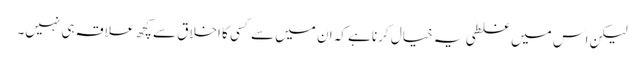
لیکن اس میں غلطی یہ خیال کرنا ہے کہ ان میں سے کسی کا اخلاق سے کچھ علاقہ ہی نہیں۔